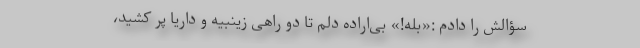
سؤالش را دادم :«بله!» بی‌اراده دلم تا دو راهی زینبیه و داریا پر کشید،